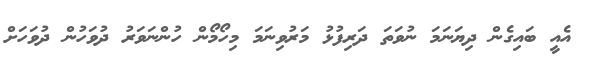
އެއީ ބައިގެން ދިޔަނަމަ ނުވަތަ ދަރިފުޅު މަރުވިނަމަ މިހޯމޯން ހުންނަވަރު ދުވަހުން ދުވަހަށް